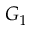
G _ { 1 }